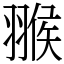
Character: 翭